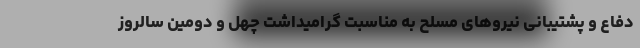
دفاع و پشتیبانی نیروهای مسلح به مناسبت گرامیداشت چهل و دومین سالروز